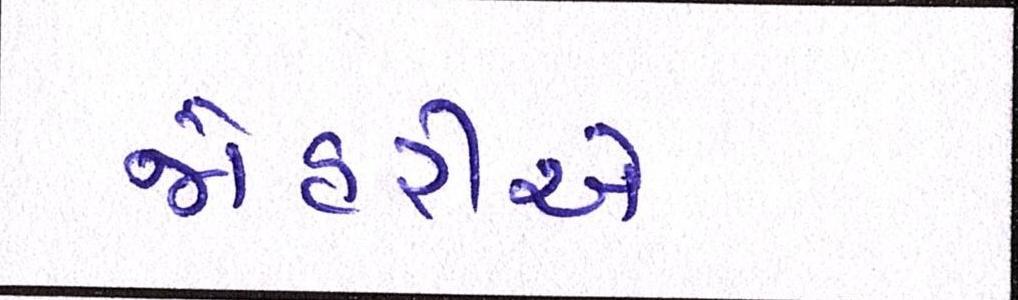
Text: જોહરીએ